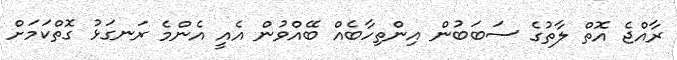
ރާއްޖެ އޮތް ލާތުގެ ސަބަބުން އިންތިހާބެއް ބޭއްވުން އެއީ އެންމެ ރަނގަޅު ގޮތްކަމަށް